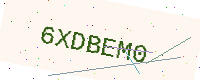
Text: 6XDBEM0